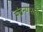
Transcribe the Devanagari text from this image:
चंद्रनगरला